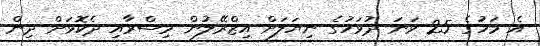
އެ މަހުގެ 25 ވަނަ ދުވަހުގެ ނިޔަލަށް އިޒްރޭލުން މިސްރާއި ދެކޮޅަށް ދިން